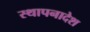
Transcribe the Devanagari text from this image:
स्थापनादेश